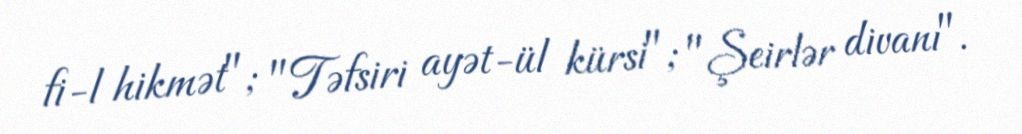
fi-l hikmət"; "Təfsiri ayət-ül kürsi"; "Şeirlər divanı".